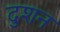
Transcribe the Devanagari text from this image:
दुशन